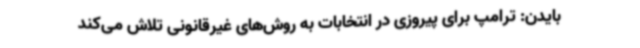
بایدن: ترامپ برای پیروزی در انتخابات به روش‌های غیرقانونی تلاش می‌کند